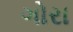
ગોરા